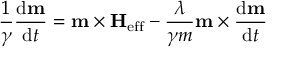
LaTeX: { \frac { 1 } { \gamma } } { \frac { \mathrm { { d } } \mathbf { m } } { \mathrm { { d } } t } } = \mathbf { m } \times \mathbf { H } _ { \mathrm { e f f } } - { \frac { \lambda } { \gamma m } } \mathbf { m } \times { \frac { \mathrm { { d } } \mathbf { m } } { \mathrm { { d } } t } }